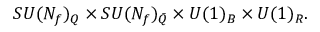
S U ( N _ { f } ) _ { Q } \times S U ( N _ { f } ) _ { \bar { Q } } \times U ( 1 ) _ { B } \times U ( 1 ) _ { R } .